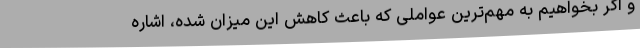
و اگر بخواهیم به مهم‌ترین عواملی که باعث کاهش این میزان شده، اشاره